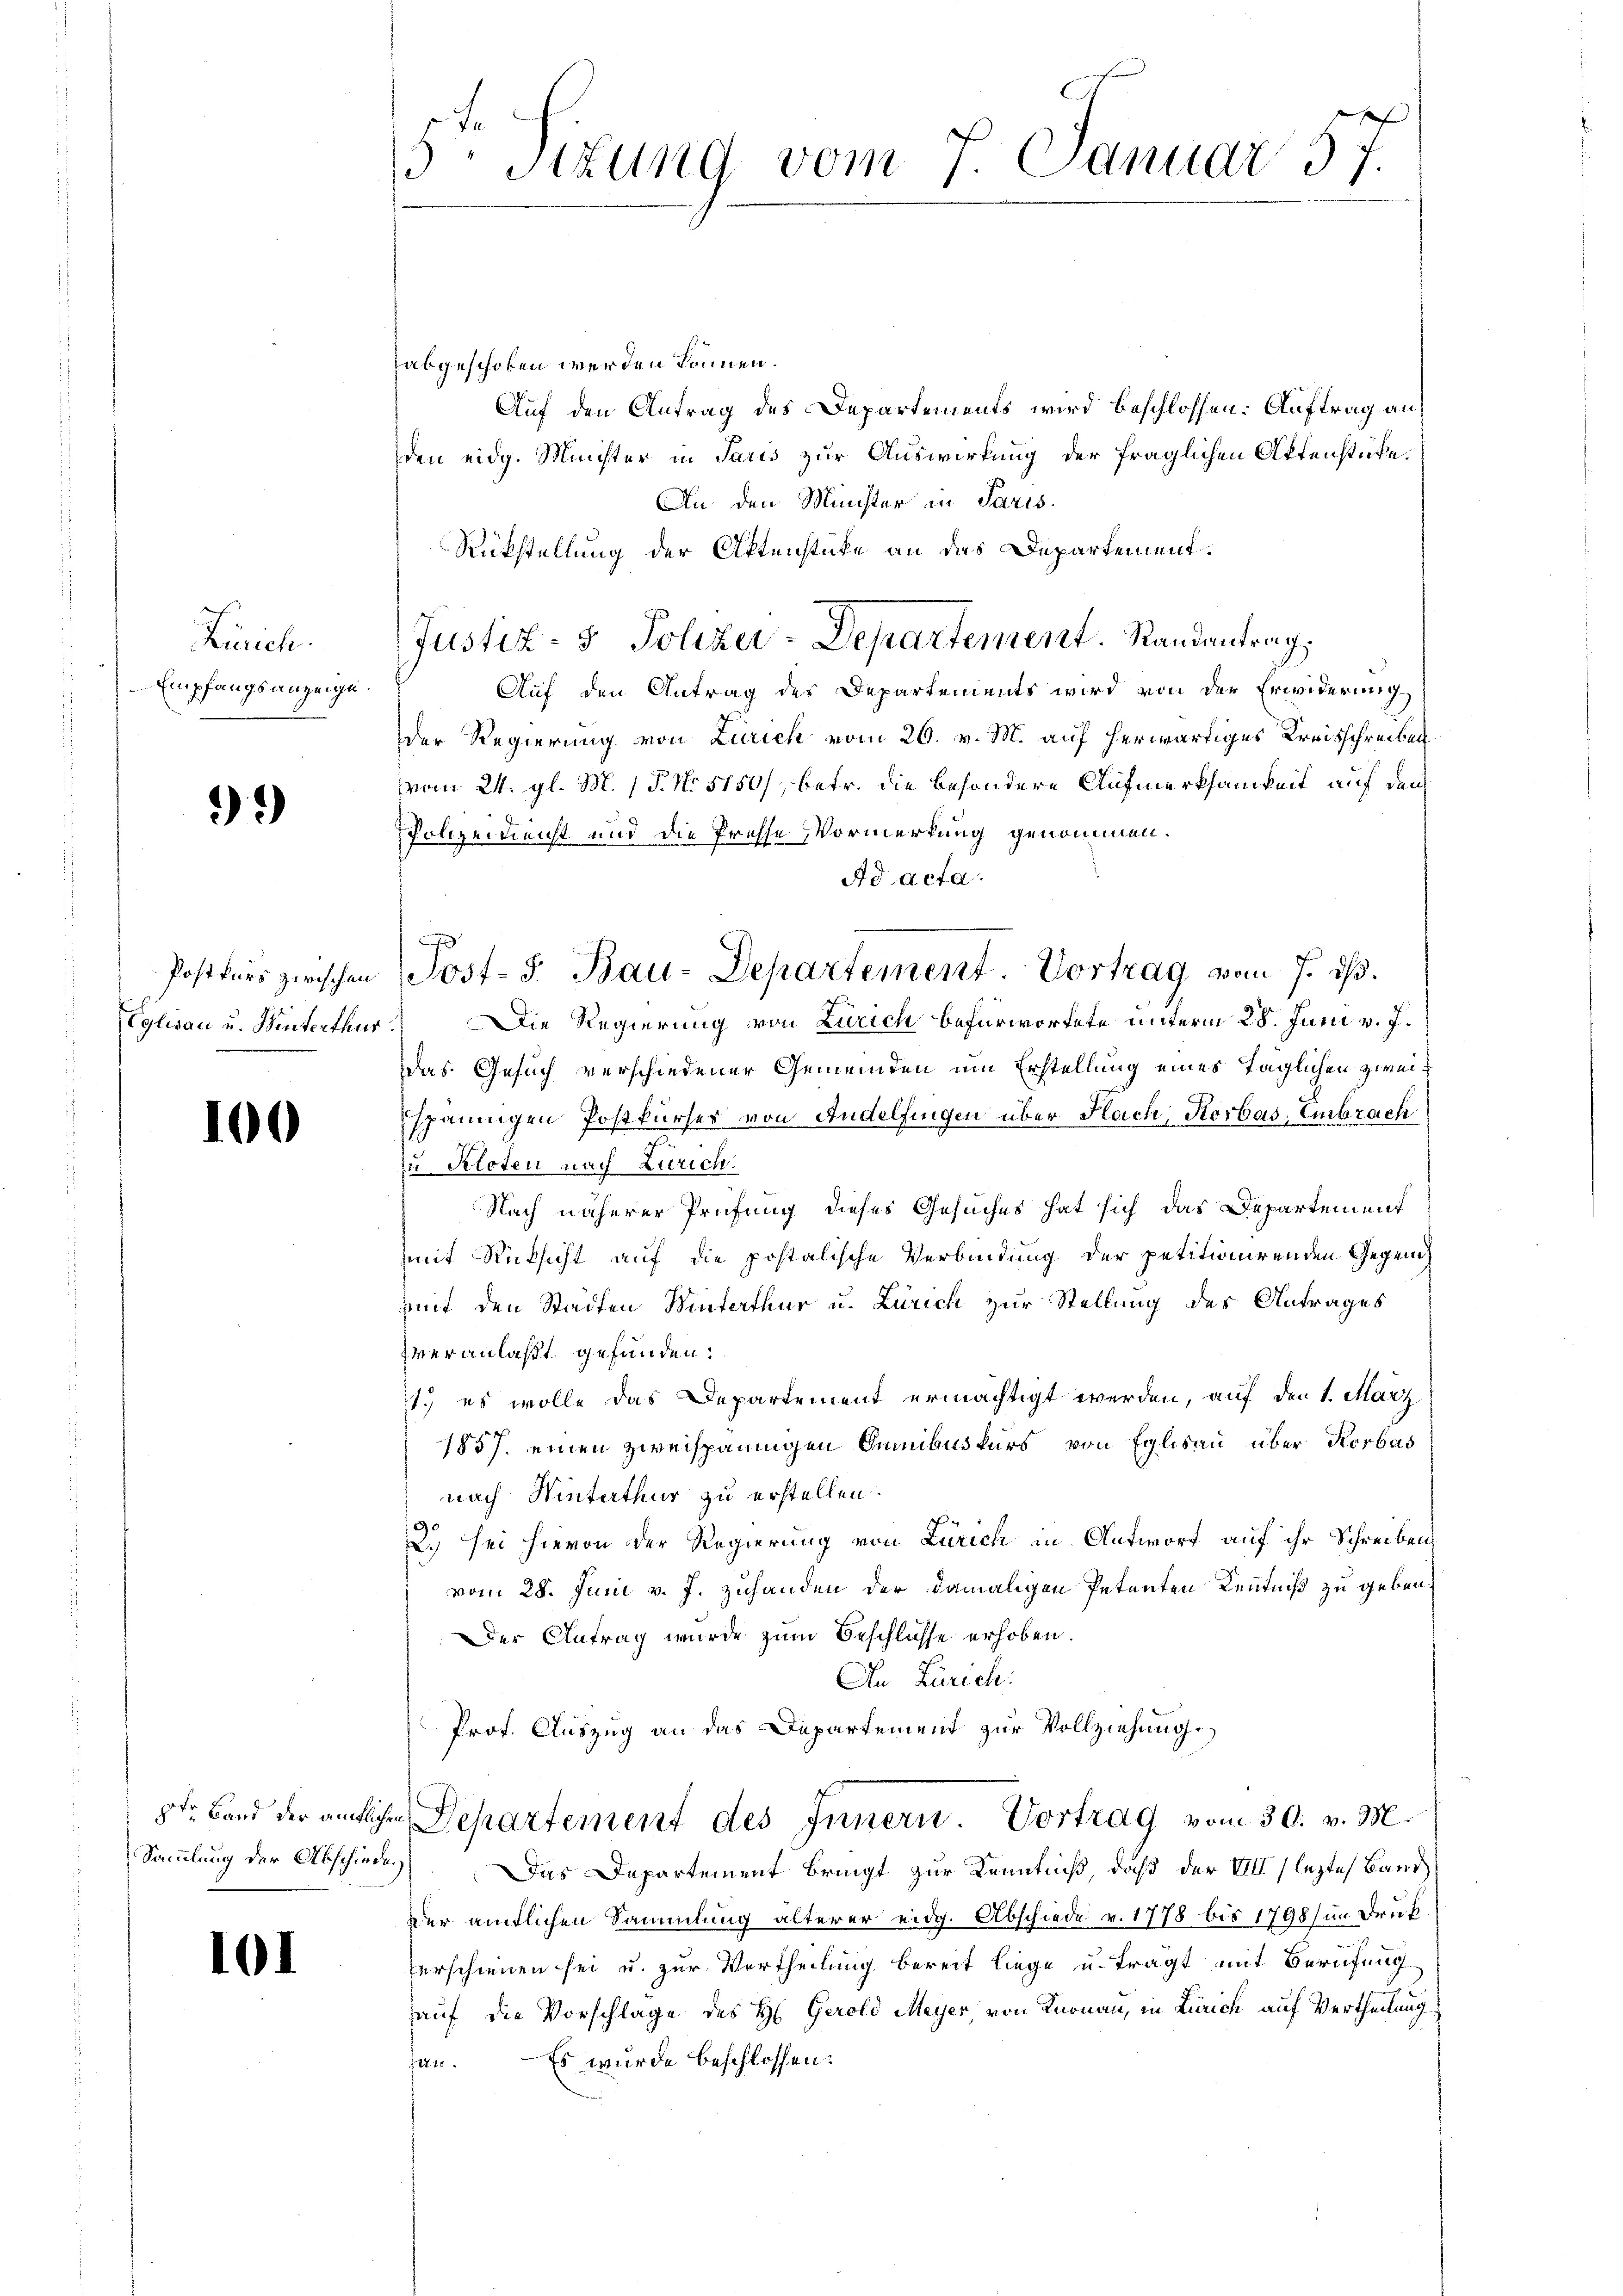
Zürich.
Empfangsanzeige.

9.)

Postkurs zwischen
Eglisau u. Winterthur

100

101

5 Sizung vom 7. Januar 57.

abgeschoben werden können.
Auf den Antrag des Departements wird beschlossen: Auftrag an
den eidg. Minister in Paris zur Auswirkung der fraglichen Aktenstücke.
An den Minister in Paris
Rückstellung der Aktenstüke an das Departement.
Auf den Antrag des Departements wird von der Erwiderung
der Regierung von Zürich vom 26. v. M. auf herwärtiges Kreisschreiben
vom 24. gl. M. (T. No 5150), betr. die besondere Aufmerksamkeit auf den
Polizeidienst und die Presse Vormerkung genommen.
Ad acta.
Die Regierung von Zürich befürwortete unterm 28. Juni v. J.
s
Das Gesuch verschiedener Gemeinden um Erstellung eines täglichen zweispännigen Postkurser von Andelfingen über Flach, Korbas, Embrach
zu Kloten nach Zürich.
Nach näherer Prüfung dieses Gesuches hat sich das Departement
mit Rücksicht auf die postalische Verbindung der petitionirenden Gegenmit den Städten Winterthur u. Zürich zur Stellung des Antrages
veranlaßt gefunden.
1.) es wolle das Departement ermächtigt werden, auf den 1. März
1857. einen zweispännigen Gummibuskurs von Eglisau über Korbas
nach Winterthur zu erstellen.
2.) sei hievon der Regierung von Zürich in Antwort auf ihr Schreiben
vom 28. Juni v. J. zuhanden der damaligen Petenten Kenntniß zu geben,
Der Antrag wurde zum Beschlüsse erhoben.
An Zürich:
Prof. Auszug an das Departement zur Vollziehung
8te Band der amtlichen Departement des Innern. Vortrag vom 30. v. M.
Sammlung der Abschiedes Das Departement bringt zur Kenntniß, daß der VIII (lezte Band
Der amtlichen Sammlung älterer eidg. Abschiede v. 1778 bis 1798, im Druck
verschienen sei u. zur Vertheilung bereit liege u. tragt mit Berufung
auf die Vorschlage des H. Gerold Meyer, von Knonau, in Zürich auf Vertheilung
Es wurde beschlossen:
fen.

Justiz- & Polizer-Departement. Randantrag.

J
Post-S. Bau-Departement Vortrag vom 7. ds.